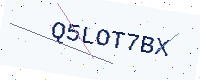
Text: Q5LOT7BX